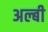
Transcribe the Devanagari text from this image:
अल्बी